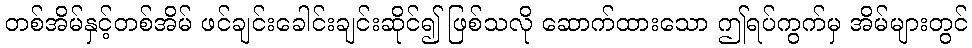
တစ်အိမ်နှင့်တစ်အိမ် ဖင်ချင်းခေါင်းချင်းဆိုင်၍ ဖြစ်သလို ဆောက်ထားသော ဤရပ်ကွက်မှ အိမ်များတွင်